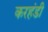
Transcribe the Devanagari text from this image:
करहंडी